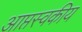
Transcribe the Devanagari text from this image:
आप्तस्वकीय